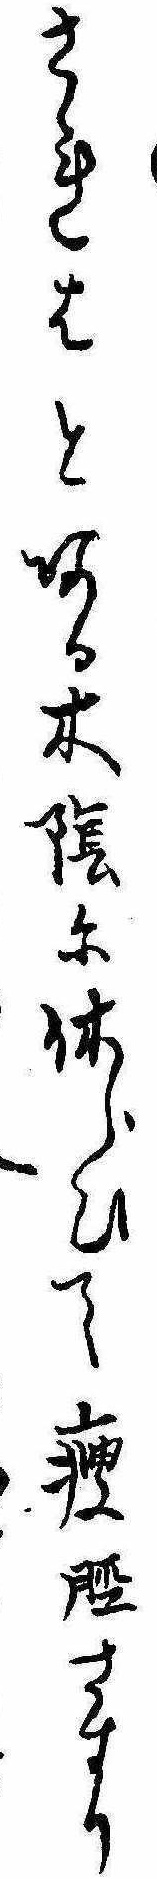
されはとある木陰に休らひて痩脛さすり